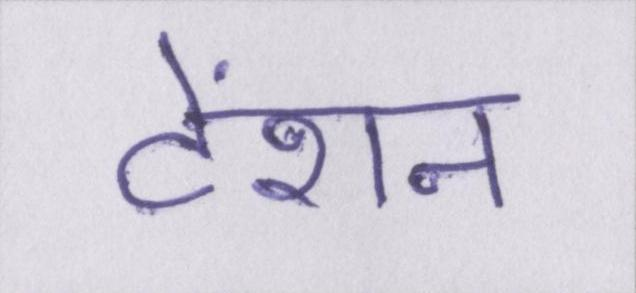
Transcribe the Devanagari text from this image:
टेंशन